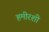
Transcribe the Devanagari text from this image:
हमीरशी